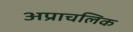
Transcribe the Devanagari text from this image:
अप्राचलिक